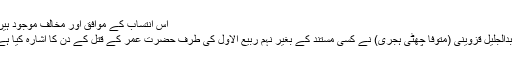
اس انتساب کے موافق اور مخالف موجود ہیں:
عبدالجلیل قزوینی (متوفا چھٹی ہجری) نے کسی مستند کے بغیر نہم ربیع الاول کی طرف حضرت عمر کے قتل کے دن کا اشارہ کیا ہے۔